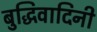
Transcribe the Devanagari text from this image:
बुद्धिवादिनी